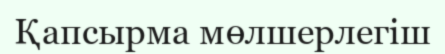
Қапсырма мөлшерлегіш